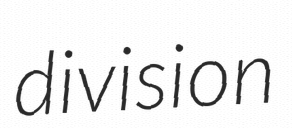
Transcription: division